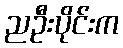
ညဦးပိုင်းက